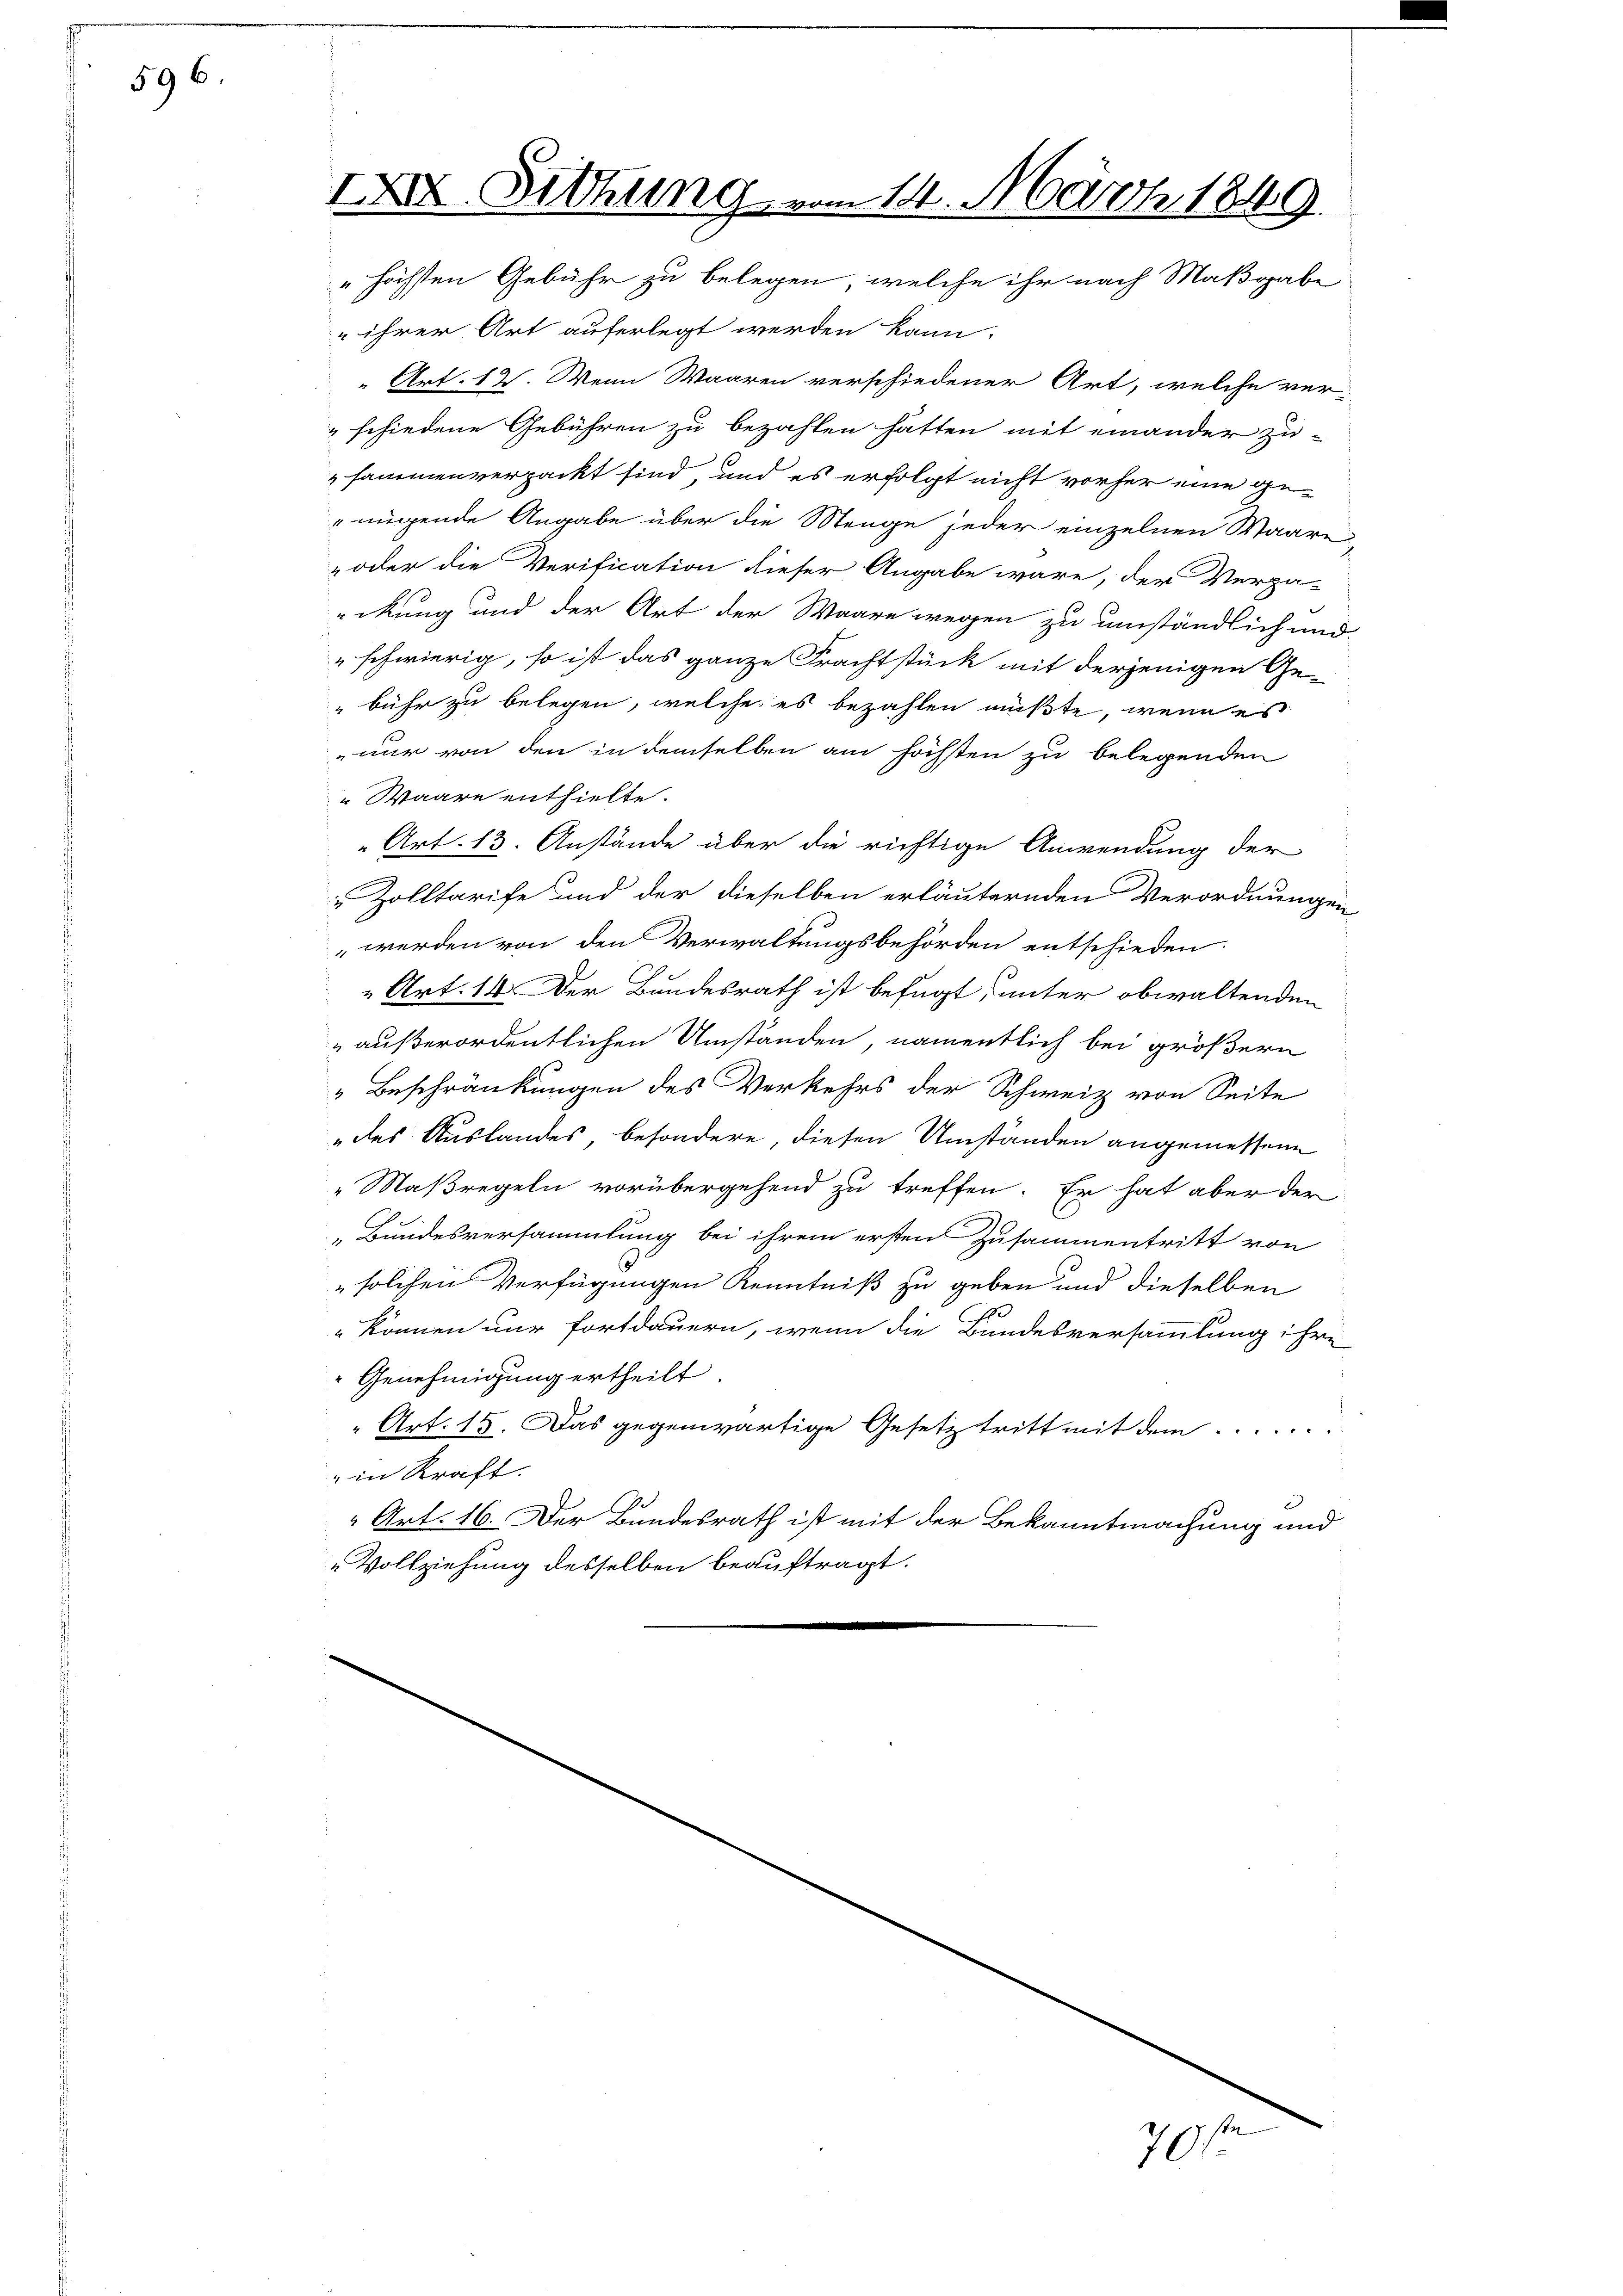
596.

XXIV. Sitzung vom 14. März 1849.
" höchsten Gebühr zu belegen, welche ihr nach Maßgabe

ihrer Art auferlegt werden kann.
“ Art. 12. Wenn Waaren verschiedener Art, welche ver¬
" schiedene Gebühren zu bezahlen hatten mit einander zu-
sammen verpackt sind, und es erfolgt nicht vorher eine genügende Angabe über die Menge jeder einzelnen Waare
„oder die Verification dieser Angabe wäre, der Verpa-
eckung und der Art der Waare wegen zu umständlich und
" schwierig, so ist das ganze Frachtstück mit derjenigen Gebühr zu belegen, welche es bezahlen müßte, wenn es
nur von den in demselben am höchsten zu belegenden
Waare enthielte.
„Art. 13. Anstände über die richtige Anwendung der
Zolltarife und der dieselben erläuternden Verordnungen
werden von den Verwaltungsbehörden entschieden.
" Art. 14. Der Bundesrath ist befugt, unter obwaltenden
 außerordentlichen Umständen, namentlich bei größern
 Beschränkungen des Verkehrs der Schweiz von Seite
des Auslandes, besondere, diesen Umständen angemessene
"Maßregeln vorübergehend zu treffen. Er hat aber der
„Bundesversammlung bei ihrem ersten Zusammentritt von
" solchen Verfügungen Kenntniß zu geben und dieselben
 können nur fortdauern, wenn die Bundesversammlung ihre
" Genehmigung ertheilt
Art. 15. Das gegenwärtige Gesetz tritt mit dem .......
" in Kraft.
e
“ Art. 16. Der Bundesrath ist mit der Bekanntmachung und
-Vollziehung desselben beauftragt.

d
701